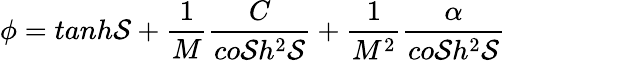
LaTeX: \phi=tanh\mathcal{S}+\frac{{1}}{{M}}\frac{{C}}{{co\mathcal{S}h^{2}\mathcal{S}}}+\frac{{1}}{{M^{2}}}\frac{{\alpha}}{{co\mathcal{S}h^{2}\mathcal{S}}}\; \; \; \; \; \; \; \; \; \; \; \; \; \; \;